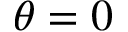
\theta = 0